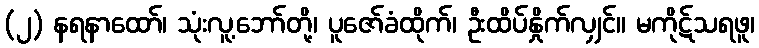
(၂) နရနာထော်၊ သုံးလူ့ဘော်တို့၊ ပူဇော်ခံထိုက်၊ ဦးထိပ်နှိုက်လျှင်။ မကိုဋ်သရဖူ၊